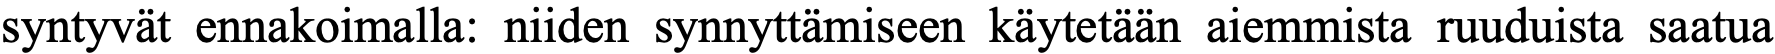
syntyvät ennakoimalla: niiden synnyttämiseen käytetään aiemmista ruuduista saatua